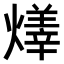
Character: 𤏽